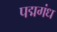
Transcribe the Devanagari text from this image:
पद्मगंध